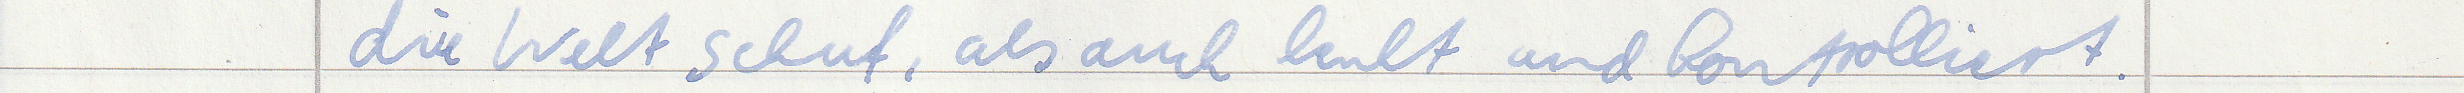
die Welt schuf, als auch lenkt und kontrolliert.